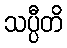
သပ္ပီတိ